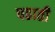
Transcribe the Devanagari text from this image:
पढाती